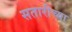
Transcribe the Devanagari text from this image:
सतारीच्या